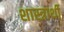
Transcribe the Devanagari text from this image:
शास्त्रार्थी